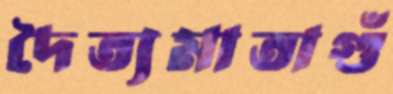
দৈত্যমাতাগুঁ